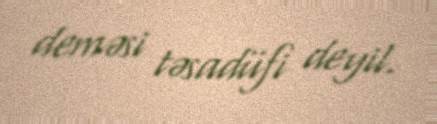
deməsi təsadüfi deyil.